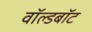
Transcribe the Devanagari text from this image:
वॉल्डबॉट